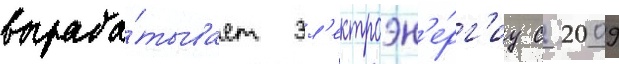
выраба́тывает эл'ектроэн'е́рг'иу с 2009